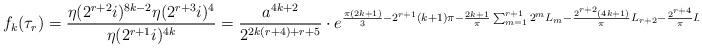
LaTeX: \begin{align*}f_k(\tau_r)=\dfrac{\eta(2^{r+2}i)^{8k-2}\eta(2^{r+3}i)^4}{\eta(2^{r+1}i)^{4k}}=\dfrac{a^{4k+2}}{2^{2k(r+4)+r+5}}\cdot e^{\frac{\pi(2k+1)}{3}-2^{r+1}(k+1)\pi-\frac{2k+1}{\pi}\sum_{m=1}^{r+1}2^m L_m-\frac{2^{r+2}(4k+1)}{\pi}L_{r+2}-\frac{2^{r+4}}{\pi}L_{r+3}}. \end{align*}